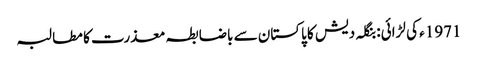
1971ء کی لڑائی: بنگلہ دیش کا پاکستان سے باضابطہ معذرت کا مطالبہ